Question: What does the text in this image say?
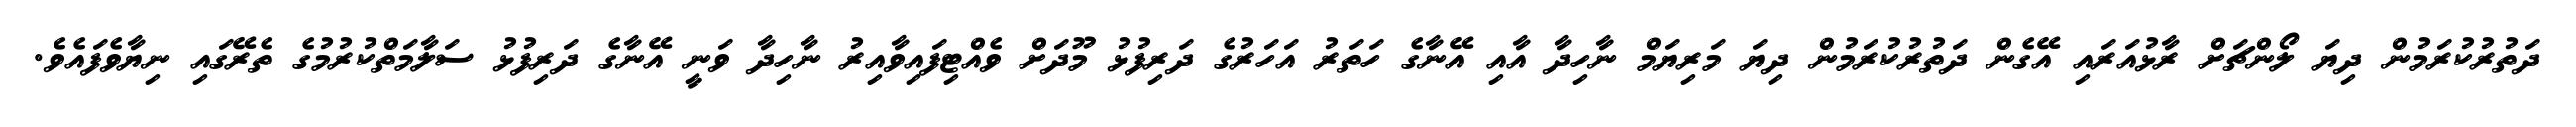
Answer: ދަތުރުކުރަމުން ދިޔަ ލޯންޗަށް ރާޅުއަރައި އޭގެން ދަތުރުކުރަމުން ދިޔަ މަރިޔަމް ނާހިދާ އާއި އޭނާގެ ހަތަރު އަހަރުގެ ދަރިފުޅު މޫދަށް ވެއްޓިފައިވާއިރު ނާހިދާ ވަނީ އޭނާގެ ދަރިފުޅު ސަލާމަތްކުރުމުގެ ތެރޭގައި ނިޔާވެފައެވެ.